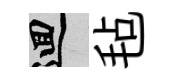
回毡